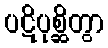
ပဋိပုစ္ဆိတွာ